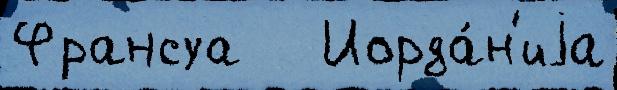
Франсуа   Иорда́н'иjа